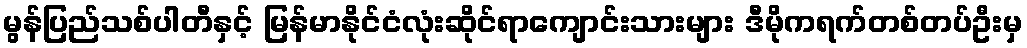
မွန်ပြည်သစ်ပါတီနှင့် မြန်မာနိုင်ငံလုံးဆိုင်ရာကျောင်းသားများ ဒီမိုကရက်တစ်တပ်ဦးမှ